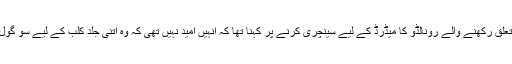
پرتگال سے تعلق رکھنے والے رونالڈو کا میڈرڈ کے لیے سینچری کرنے پر کہنا تھا کہ انہیں امید نہیں تھی کہ وہ اتنی جلد کلب کے لیے سو گول کر لیں گے۔